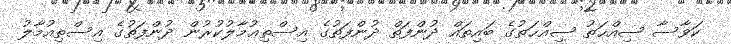
ކަވާސާ ޞިއްޙަތު ޞިއްޙަތުގެ ބައިތައް ދުންފަތް ދުންފަތުގެ އިސްތިޢުމާލުކުރުން ދުންފަތުގެ އިސްތިއުމާލު